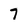
Character: 7